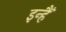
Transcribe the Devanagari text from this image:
इन्हैँ